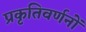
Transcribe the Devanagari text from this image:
प्रकृतिवर्णनों